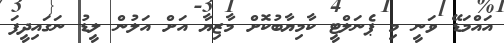
އައްމަޑޭ ވަނީ މި ޕެނަލްޓީ ކާމިޔާބުކޮށް މާޒިޔާ އަށް އަލުން ލީޑު ނަގައިދީފަ